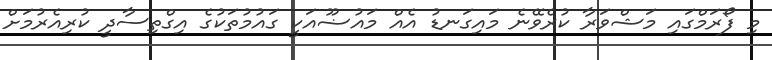
މި ފޯރަމްގައި މަޝްވަރާ ކުރެވޭނެ މައިގަނޑު އެއް މައުޟޫއަކީ ގައުމުތަކުގެ އިގްތިސާދީ ކުރިއެރުމަށް